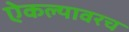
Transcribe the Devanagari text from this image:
ऐकल्यावरच